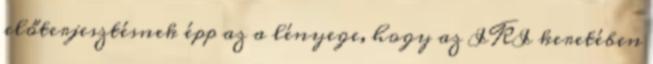
előterjesztésnek épp az a lényege, hogy az IKI keretében